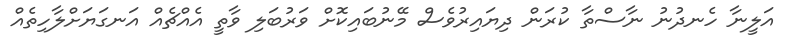
އަލީނާ ހެނދުނު ނާސްތާ ކުރަން ދިޔައިރުވެސް މޭނުބައިކޮށް ވަރުބަލި ވާތީ އެއްޗެއް އަނގަޔަށްލާހިތެއް